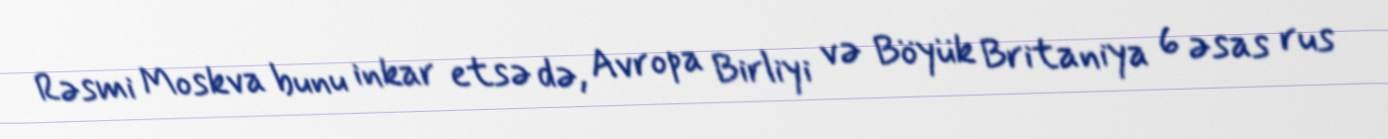
Rəsmi Moskva bunu inkar etsə də, Avropa Birliyi və Böyük Britaniya 6 əsas rus